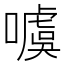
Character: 噳